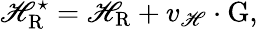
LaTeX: {\cal\mathscr{H}}_{\mathrm{{R}}}^{\star}={\cal\mathscr{H}}_{\mathrm{{R}}}+v_{\mathrm{{\mathscr{H}}}}\cdot\mathrm{{G}},